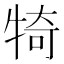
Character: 犄